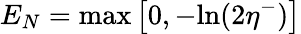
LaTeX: E_{N}=\textup{max}\left[0,-\textup{ln}(2\eta^{-})\right]